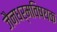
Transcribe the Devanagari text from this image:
जैनधर्मविषयक